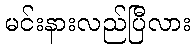
မင်းနားလည်ပြီလား